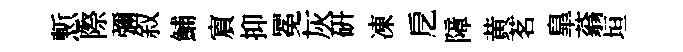
慙際彌叙鯆賔抑冕灰硏凍戹障黄茗臯蓊垣